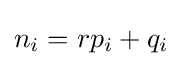
n_{i}=rp_{i}+q_{i}